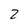
Character: 2